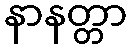
နာနတ္တာ